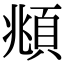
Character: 頫